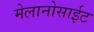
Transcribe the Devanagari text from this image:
मेलानोसाईट